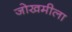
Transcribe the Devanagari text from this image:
जोखमीला